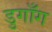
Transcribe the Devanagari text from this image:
डुगाँग